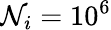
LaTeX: \mathcal{N}_{i}=10^{6}